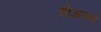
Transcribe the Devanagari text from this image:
होअपने